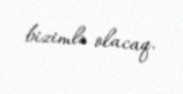
bizimlə olacaq.